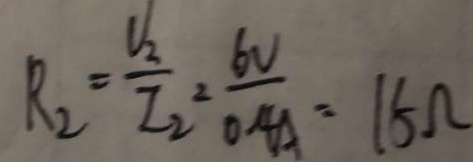
R _ { 2 } = \frac { V _ { 2 } } { T _ { 2 } } = \frac { 6 V } { 0 . 4 A } = 1 5 \Omega